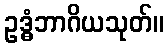
ဥဒ္ဓံဘာဂိယသုတ်။